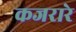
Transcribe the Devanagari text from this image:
कजरारे